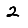
Digit: 2